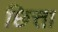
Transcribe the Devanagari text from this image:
छित्ता